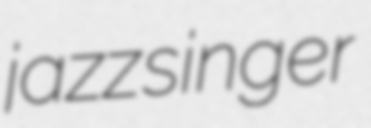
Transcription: jazz singer